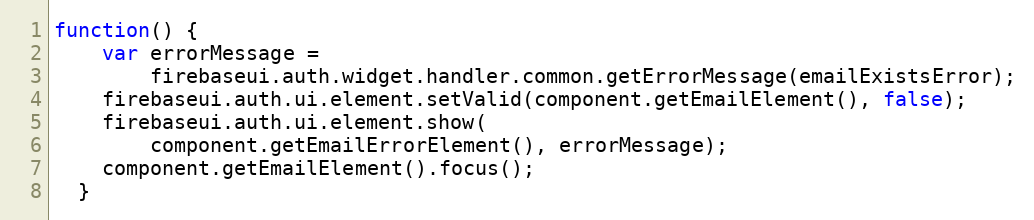
Language: JavaScript
function() {
    var errorMessage =
        firebaseui.auth.widget.handler.common.getErrorMessage(emailExistsError);
    firebaseui.auth.ui.element.setValid(component.getEmailElement(), false);
    firebaseui.auth.ui.element.show(
        component.getEmailErrorElement(), errorMessage);
    component.getEmailElement().focus();
  }